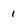
Character: I